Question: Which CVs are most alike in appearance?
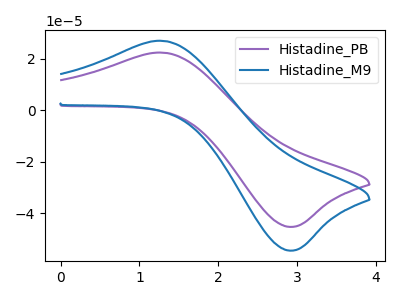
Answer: <think>The purple curve "Histadine_PB" has an anodic peak at (1.30V, 22.40uA) and a cathodic peak at (2.90V, -45.20uA). The blue curve "Histadine_M9" has an anodic peak at (1.30V, 26.95uA) and a cathodic peak at (2.90V, -54.40uA).
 All the peaks in "Histadine_PB" have a peak in "Histadine_M9" at the same potential. Every peak in "Histadine_PB" is lower than every peak in "Histadine_M9".</think>
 <answer>"Histadine_PB" and "Histadine_M9" have the same shape and are likely CV's of the same chemical.</answer>
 <eval>"Histadine_PB" "Histadine_M9"</eval>